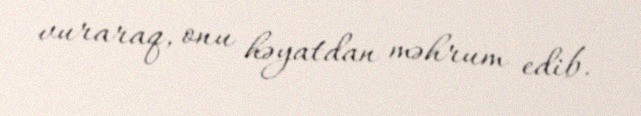
vuraraq, onu həyatdan məhrum edib.